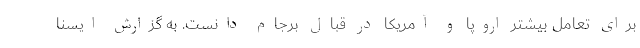
برای تعامل بیشتر اروپا و آمریکا در قبال برجام دانست. به گزارش ایسنا